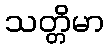
သတ္တိမာ